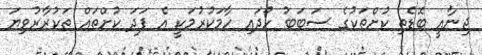
ޖިނާއީ ބޮޑެތި ކުށްތަކުގެ ސަބަބު ހޯދައި ހާމަކުރުމަކީ އެ ފަދަ ކުށްތައް ތަކުރާރުވިޔަ